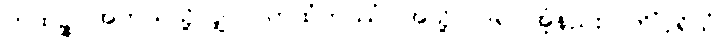
ကထဉ္စ၊ အဘယ်သို့လျှင်။ ကထံကဿံ၊ အသို့ ပြုရပါအံ့နည်း။ ကိံပုရိသံ၊